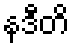
နဒီတိ